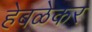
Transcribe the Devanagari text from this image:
हेबळेकर